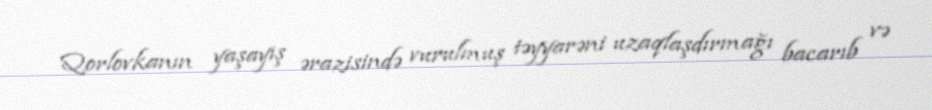
Qorlovkanın yaşayış ərazisində vurulmuş təyyarəni uzaqlaşdırmağı bacarıb və